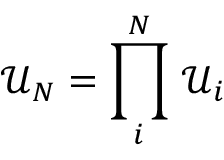
\mathcal { U } _ { N } = \prod _ { i } ^ { N } \, \mathcal { U } _ { i }